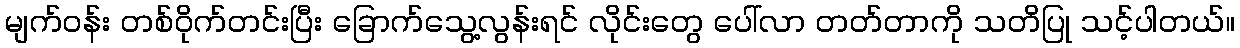
မျက်ဝန်း တစ်ဝိုက်တင်းပြီး ခြောက်သွေ့လွန်းရင် လိုင်းတွေ ပေါ်လာ တတ်တာကို သတိပြု သင့်ပါတယ်။